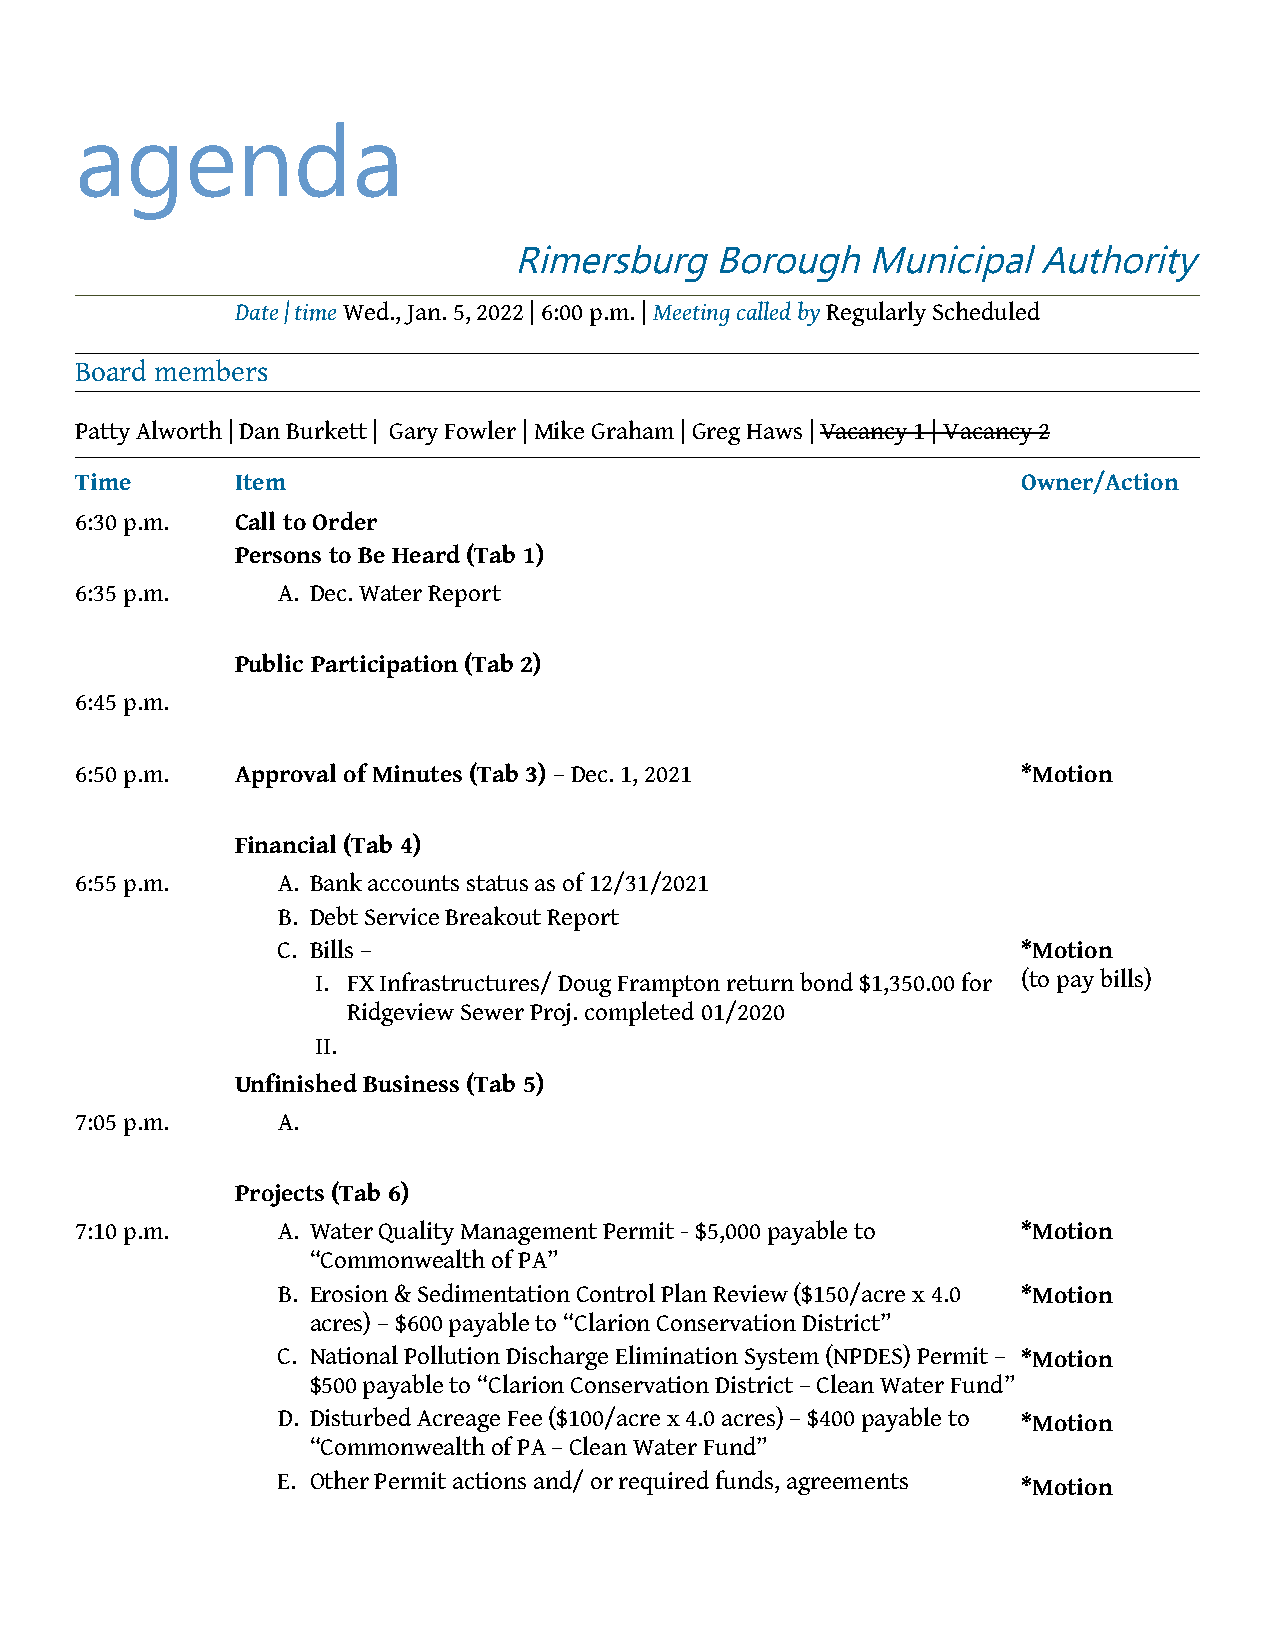
agenda
 Rimersburg   Borough   Municipal   Authority
 Date | time Wed., Jan. 5, 2022 | 6:00 p.m. | Meeting called by Regularly Scheduled
 Board members
 Patty Alworth | Dan Burkett | Gary Fowler | Mike Graham | Greg Haws | Vacancy 1 | Vacancy 2
 Time       Item                                                Owner/Action
 6:30 p.m.  Call to Order
 Persons to Be Heard (Tab 1)
 6:35 p.m.    A. Dec. Water Report
 Public Participation (Tab 2)
 6:45 p.m.
 6:50 p.m.  Approval of Minutes (Tab 3) – Dec. 1, 2021          *Motion
 Financial (Tab 4)
 6:55 p.m.    A. Bank accounts status as of 12/31/2021
 B. Debt Service Breakout Report
 C. Bills –                                        *Motion
 I. FX Infrastructures/ Doug Frampton return bond $1,350.00 for (to pay bills)
 Ridgeview Sewer Proj. completed 01/2020
 II.
 Unfinished Business (Tab 5)
 7:05 p.m.    A.
 Projects (Tab 6)
 7:10 p.m.    A. Water Quality Management Permit - $5,000 payable to *Motion
 “Commonwealth of PA”
 B. Erosion & Sedimentation Control Plan Review ($150/acre x 4.0 *Motion
 acres) – $600 payable to “Clarion Conservation District”
 C. National Pollution Discharge Elimination System (NPDES) Permit – *Motion
 $500 payable to “Clarion Conservation District – Clean Water Fund”
 D. Disturbed Acreage Fee ($100/acre x 4.0 acres) – $400 payable to *Motion
 “Commonwealth of PA – Clean Water Fund”
 E. Other Permit actions and/ or required funds, agreements *Motion